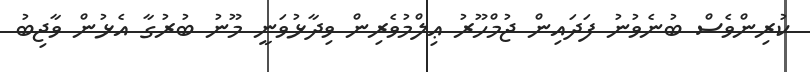
ކުރިންވެސް ބުނެވުނު ފަދައިން ޖުމްހޫރު ޢިލްމުވެރިން ވިދާޅުވަނީ މޫނު ބުރުގާ އެޅުން ވާޖިބު